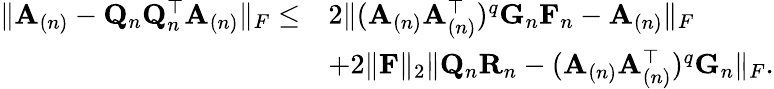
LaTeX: \begin{array}{rl}{\| \mathbf{A}_{(n)}-\mathbf{Q}_{n}\mathbf{Q}_{n}^{\top}\mathbf{A}_{(n)}\| _{F}\leq}&{2\| (\mathbf{A}_{(n)}\mathbf{A}_{(n)}^{\top})^{q}\mathbf{G}_{n}\mathbf{F}_{n}-\mathbf{A}_{(n)}\| _{F}}\\ &{+2\| \mathbf{F}\| _{2}\| \mathbf{Q}_{n}\mathbf{R}_{n}-(\mathbf{A}_{(n)}\mathbf{A}_{(n)}^{\top})^{q}\mathbf{G}_{n}\| _{F}.}\end{array}